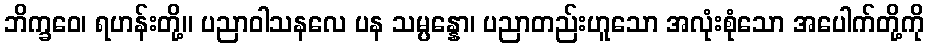
ဘိက္ခဝေ၊ ရဟန်းတို့။ ပညာဝါသနလေ ပန သမ္ပန္နော၊ ပညာတည်းဟူသော အလုံးစုံသော အပေါက်တို့ကို